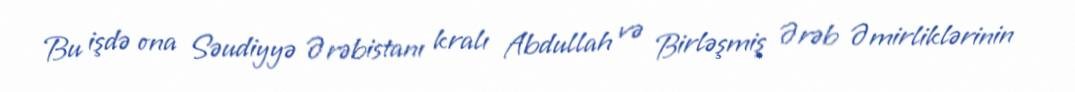
Bu işdə ona Səudiyyə Ərəbistanı kralı Abdullah və Birləşmiş Ərəb Əmirliklərinin